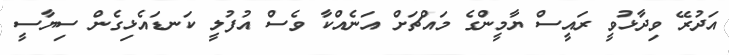
އަދުރޭ ވިދާޅުވީ ރައީސް ޔާމީންގެ މައްޗަށް އަނެއްކާ ވެސް އުފުލީ ކަނޑައެޅިގެން ސިޔާސީ